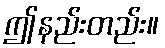
ဤနည်းတည်း။